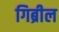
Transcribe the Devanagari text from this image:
गिब्रील